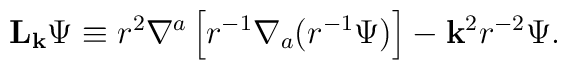
{\bf L}_{\bf k}\Psi \equiv 	r^2\nabla^a\left[r^{-1}\nabla_a(r^{-1}\Psi)\right]	- {\bf k}^2r^{-2}\Psi.